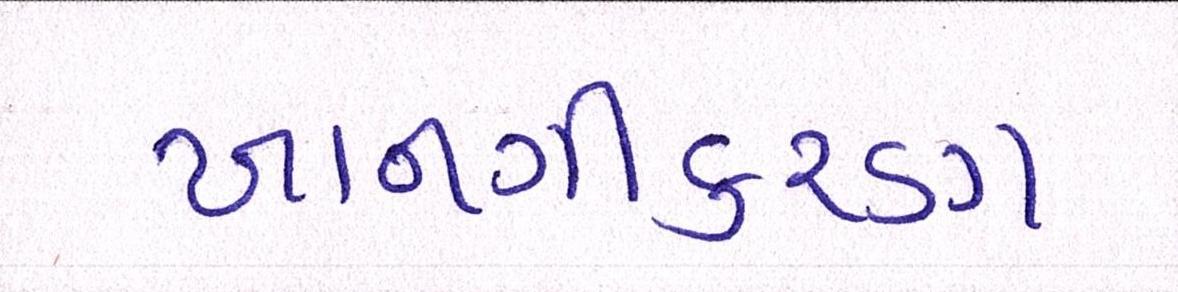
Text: ખાનગીકરણ